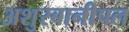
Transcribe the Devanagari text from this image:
अशुरबानीपल